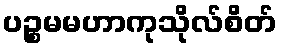
ပဉ္စမမဟာကုသိုလ်စိတ်